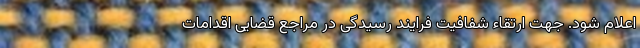
اعلام شود. جهت ارتقاء شفافیت فرایند رسیدگی در مراجع قضایی اقدامات